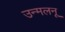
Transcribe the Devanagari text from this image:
उन्मलनू